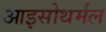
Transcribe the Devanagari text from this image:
आइसोथर्मल